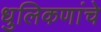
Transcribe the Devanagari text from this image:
धुलिकणांचे